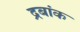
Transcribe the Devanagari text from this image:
द्रबांक